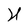
Character: U